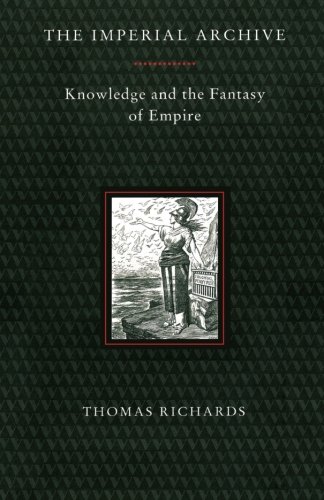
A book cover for The Imperial Archive: Knowledge and the Fantasy of Empire; Thomas Richards; Science Fiction & Fantasy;